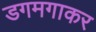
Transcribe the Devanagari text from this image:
डगमगाकर